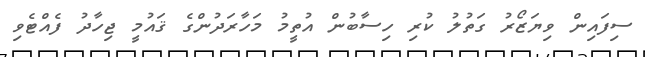
ސިފައިން ވިޔަޒޯރު ގަތުލު ކުރި ހިސާބުން އުތީމު މަހާރަދުންގެ ޤައުމީ ޖިހާދު ފެއްޓެވި